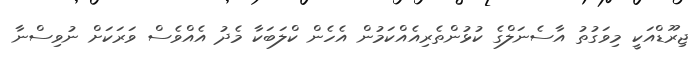
ޖިރޫޑްއަކީ މިވަގުތު އާސެނަލްގެ ކުޅުންތެރިއެއްކަމުން އެހެން ކްލަބަކާ މެދު އެއްވެސް ވަރަކަށް ނުވިސްނާ